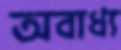
অবাধ্য